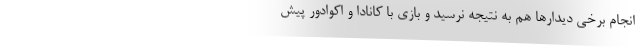
انجام برخی دیدارها هم به نتیجه نرسید و بازی با کانادا و اکوادور پیش